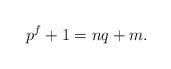
LaTeX: \begin{align*} p^f + 1 = n q + m. \end{align*}